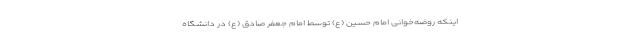
اینکه روضه‌خوانی امام حسین (ع) توسط امام جعفر صادق (ع) در دانشگاه